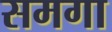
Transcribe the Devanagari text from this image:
समगा